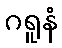
ဂရူနံ